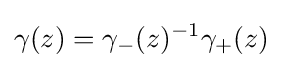
\displaystyle \gamma (z)=\gamma _{-}(z)^{-1}\gamma _{+}(z)